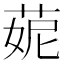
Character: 𦲁